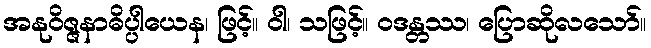
အနုဝိဇ္ဇနာဓိပ္ပါယေန၊ ဖြင့်။ ဝါ၊ သဖြင့်။ ဝဒန္တဿ၊ ပြောဆိုလသော်။